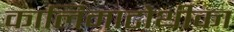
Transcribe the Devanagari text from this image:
कालिमाटोथीका